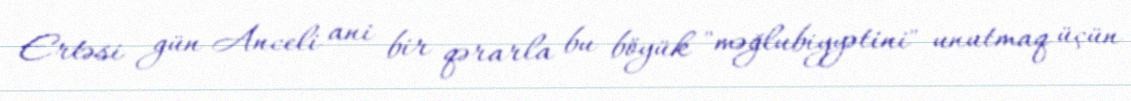
Ertəsi gün Anceli ani bir qərarla bu böyük "məğlubiyyətini" unutmaq üçün